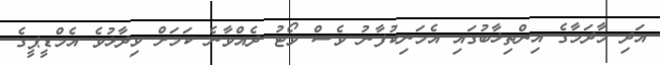
އަދި މާދަމާގެ އިންތިޚާބުގައި އެމަނިކުފާނު ވެސް ވޯޓު ދެއްވާނެ ކަމަށް ވިދާޅުވެ އެމްޑީޕީގެ